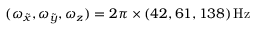
( \omega _ { \tilde { x } } , \omega _ { \tilde { y } } , \omega _ { z } ) = 2 \pi \times ( 4 2 , 6 1 , 1 3 8 ) \, \mathrm { H z }